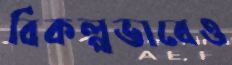
বিকল্পভাবেও